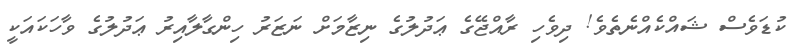
ކުޑަވެސް ޝައްކެއްނެތެވެ! ދިވެހި ރާއްޖޭގެ ޢަދުލުގެ ނިޒާމަށް ނަޒަރު ހިންގާލާއިރު ޢަދުލުގެ ވާހަކައަކީ